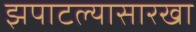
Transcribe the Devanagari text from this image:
झपाटल्यासारखा